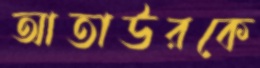
আতাউরকে